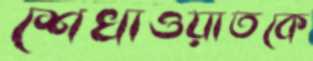
শেখাওয়াতকে